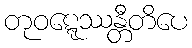
တုဝဋ္ဋေဿန္တီတိပေ